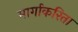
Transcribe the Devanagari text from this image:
मार्गाकरिता